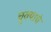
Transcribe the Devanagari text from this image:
चुक्याचे